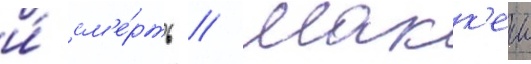
и́ см'е́рть // Макк'еи